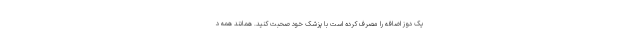
یک دوز اضافه را مصرف کرده است با پزشک خود صحبت کنید. همانند همه د